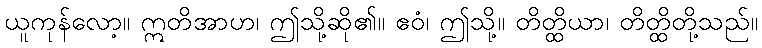
ယူကုန်လော့။ ဣတိအာဟ၊ ဤသို့ဆို၏။ ဧဝံ၊ ဤသို့။ တိတ္ထိယာ၊ တိတ္ထိတို့သည်။